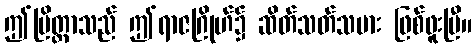
ဤပြိတ္တာသည် ဤရာဇဂြိုဟ်၌ ဆိတ်သတ်သမား ဖြစ်ဖူးပြီ။